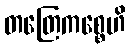
တတြေကစ္စေဟိ